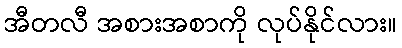
အီတလီ အစားအစာကို လုပ်နိုင်လား။